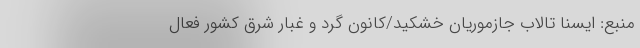
منبع: ایسنا تالاب جازموریان خشکید/کانون گرد و غبار شرق کشور فعال